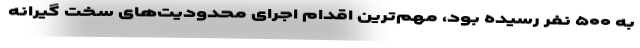
به ۵۰۰ نفر رسیده بود، مهم‌ترین اقدام اجرای محدودیت‌های سخت گیرانه